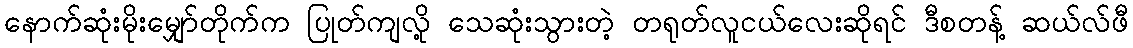
နောက်ဆုံးမိုးမျှော်တိုက်က ပြုတ်ကျလို့ သေဆုံးသွားတဲ့ တရုတ်လူငယ်လေးဆိုရင် ဒီစတန့် ဆယ်လ်ဖီ